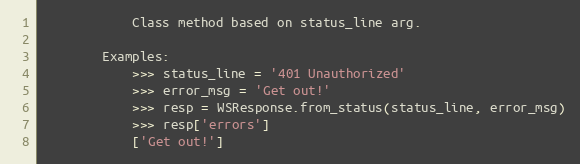
Language: Python
            Class method based on status_line arg.

        Examples:
            >>> status_line = '401 Unauthorized'
            >>> error_msg = 'Get out!'
            >>> resp = WSResponse.from_status(status_line, error_msg)
            >>> resp['errors']
            ['Get out!']